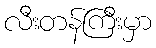
လီးတန်ကြီးမှာ